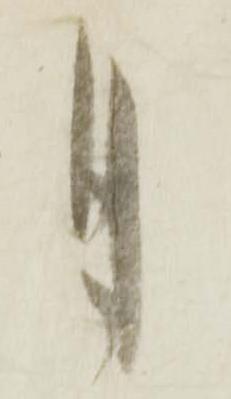
月